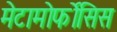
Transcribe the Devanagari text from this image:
मेटामोर्फोसिस